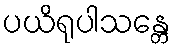
ပယိရုပါသန္တေ